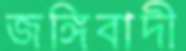
জঙ্গিবাদী